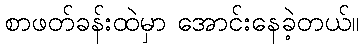
စာဖတ်ခန်းထဲမှာ အောင်းနေခဲ့တယ်။